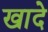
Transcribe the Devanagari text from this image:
खादे